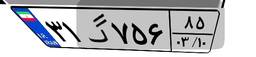
۳۱گ۷۵۶۸۵